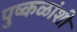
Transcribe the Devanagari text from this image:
पुष्कळांशी